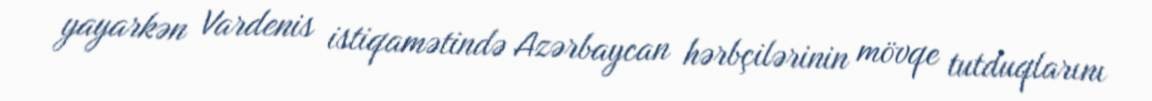
yayarkən Vardenis istiqamətində Azərbaycan hərbçilərinin mövqe tutduqlarını